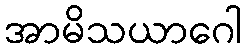
အာမိသယာဂေါ